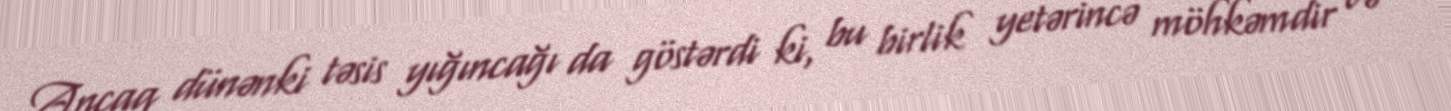
Ancaq dünənki təsis yığıncağı da göstərdi ki, bu birlik yetərincə möhkəmdir və